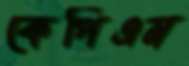
কেপিএম